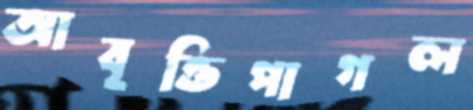
আবৃত্তিপাগল